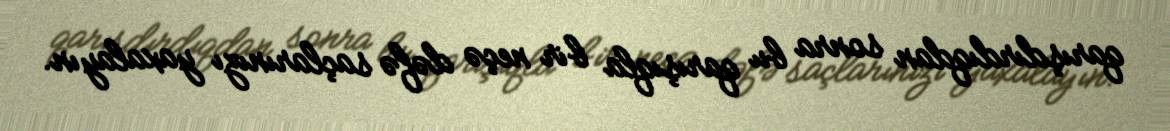
qarışdırdıqdan sonra bu qarışıqla bir neçə dəfə saçlarınızı yaxalayın.